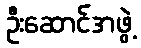
ဦးဆောင်အဖွဲ့